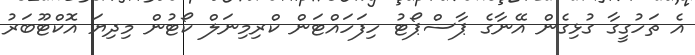
އެ ތަހުގީގާ ގުޅިގެން އޭނާގެ ޕާސްޕޯޓު ހިފަހައްޓަން ކްރިމިނަލް ކޯޓުން މިދިޔަ އޮކްޓޫބަރު